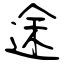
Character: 途